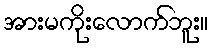
အားမကိုးလောက်ဘူး။